Lunatic asylums in Bengal annual reports 1912-1924 - 1912-1924
Year: 1912
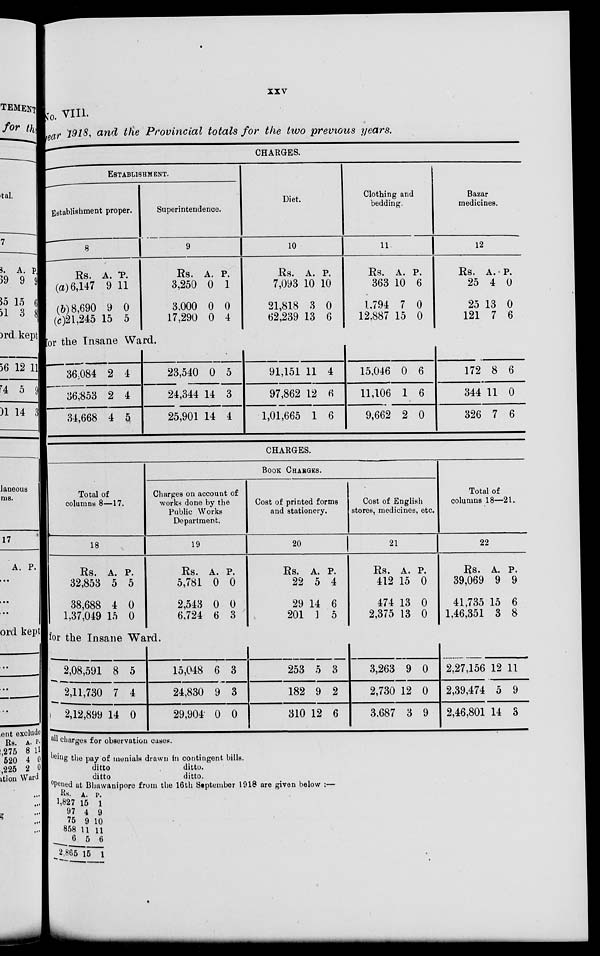
xxv
No. VIII.
year 1918, and the Provincial totals for the two previous years.
CHARGES.
ESTABLISHMENT.
Establishment proper.
8
Rs.
(a) 6,147
(b) 8,690
(c)21,245
A.
9
9
15
P.
11
0
5
Superintendence.
9
Rs.
3,250
3,000
17,290
A.
0
0
0
P.
1
0
4
for the Insane Ward.
36,084
36,853
34,668
2
2
4
4
4
5
23,540
24,344
25,901
0
14
14
5
3
4
Diet.
10
Rs.
7,093
21,818
62,239
A.
10
3
13
P.
10
0
6
91,151
97,862
1,01,665
11
12
1
4
6
6
Clothing and
bedding.
11
Rs.
363
1,794
12,887
A.
10
7
15
P.
6
0
0
15,046
11,106
9,662
0
1
2
6
6
0
Bazar
medicines.
12
Rs.
25
25
121
A.
4
13
7
P.
0
0
6
172
344
326
8
11
7
6
0
6
CHARGES.
Total of
columns 8—17.
18
Rs.
32,853
38,688
1,37,049
A.
5
4
15
P.
5
0
0
BOOK CHARGES.
Charges on account of
works done by the
Public Works
Department.
19
Rs.
5,781
2,543
6,724
A.
0
0
6
P.
0
0
3
for the Insane Ward.
2,08,591
2,11,730
2,12,899
8
7
14
5
4
0
15,048
24,830
29,904
6
9
0
3
3
0
Cost of printed forms
and stationery.
20
Rs.
22
29
201
A.
5
14
1
P.
4
6
5
253
182
310
5
9
12
3
2
6
Cost of English
stores, medicines, etc.
21
Rs.
412
474
2,375
A.
15
13
13
P.
0
0
0
3,263
2,730
3,687
9
12
3
0
0
9
Total of
columns 18—21.
22
Rs.
39,069
41,735
1,46,351
A.
9
15
3
P.
9
6
8
2,27,156
2,39,474
2,46,801
12
5
14
11
9
3
all charges for observation cases.
being the pay of mentals drawn in contingent bills.
ditto
ditto.
ditto
ditto.
opened at Bhawanipore from the 16th September 1918 are given below :—
Rs.
1,827
97
75
858
6
2,865
A.
15
4
9
11
5
15
P.
1
9
10
11
6
1